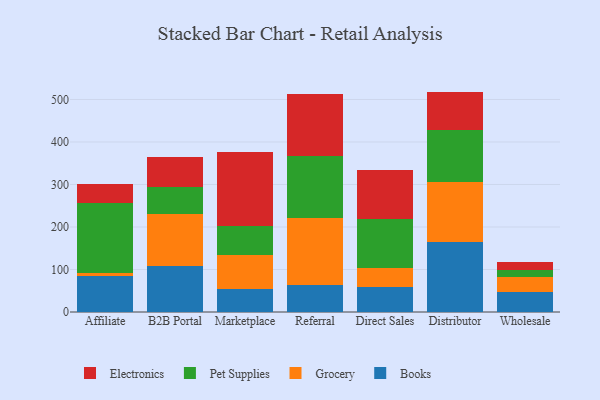
{"axis": {"x": "Channel", "y": "Humidity (%)"}, "legend": ["Books", "Electronics", "Grocery", "Pet Supplies"], "data": [{"x": "Affiliate", "y": 84.3, "type": "Books"}, {"x": "Affiliate", "y": 6.5, "type": "Grocery"}, {"x": "Affiliate", "y": 166.0, "type": "Pet Supplies"}, {"x": "Affiliate", "y": 44.9, "type": "Electronics"}, {"x": "B2B Portal", "y": 108.0, "type": "Books"}, {"x": "B2B Portal", "y": 122.6, "type": "Grocery"}, {"x": "B2B Portal", "y": 63.8, "type": "Pet Supplies"}, {"x": "B2B Portal", "y": 69.6, "type": "Electronics"}, {"x": "Marketplace", "y": 53.6, "type": "Books"}, {"x": "Marketplace", "y": 81.1, "type": "Grocery"}, {"x": "Marketplace", "y": 68.6, "type": "Pet Supplies"}, {"x": "Marketplace", "y": 174.1, "type": "Electronics"}, {"x": "Referral", "y": 64.6, "type": "Books"}, {"x": "Referral", "y": 156.1, "type": "Grocery"}, {"x": "Referral", "y": 145.2, "type": "Pet Supplies"}, {"x": "Referral", "y": 145.9, "type": "Electronics"}, {"x": "Direct Sales", "y": 59.8, "type": "Books"}, {"x": "Direct Sales", "y": 44.1, "type": "Grocery"}, {"x": "Direct Sales", "y": 115.7, "type": "Pet Supplies"}, {"x": "Direct Sales", "y": 114.5, "type": "Electronics"}, {"x": "Distributor", "y": 164.0, "type": "Books"}, {"x": "Distributor", "y": 141.5, "type": "Grocery"}, {"x": "Distributor", "y": 123.1, "type": "Pet Supplies"}, {"x": "Distributor", "y": 89.9, "type": "Electronics"}, {"x": "Wholesale", "y": 46.1, "type": "Books"}, {"x": "Wholesale", "y": 37.3, "type": "Grocery"}, {"x": "Wholesale", "y": 15.0, "type": "Pet Supplies"}, {"x": "Wholesale", "y": 19.9, "type": "Electronics"}]}